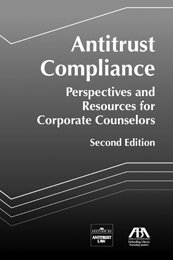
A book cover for Antitrust Compliance: Perspectives and Resources for Corporate Counselors, 2nd Edition with CD-ROM; American Bar Association ABA; Law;